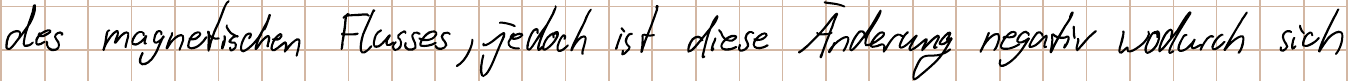
des magnetischen Flusses, jedoch ist diese Änderung negativ wodurch sich